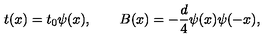
t ( x ) = t _ { 0 } \psi ( x ) , \qquad B ( x ) = - { \frac { d } { 4 } } \psi ( x ) \psi ( - x ) ,